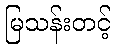
မြသန်းတင့်